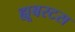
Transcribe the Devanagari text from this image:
ह्यूबरटस